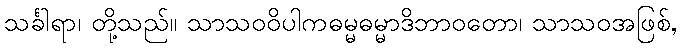
သင်္ခါရာ၊ တို့သည်။ သာသဝဝိပါကဓမ္မဓမ္မာဒိဘာဝတော၊ သာသဝအဖြစ်,